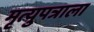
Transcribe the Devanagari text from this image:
मृत्युपत्राला